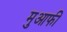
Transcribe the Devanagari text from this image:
मुआफी